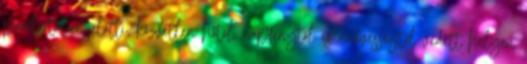
páratartalom alatti, közvetlen hőtől, napfénytől és nedvességtől védett helyen